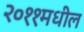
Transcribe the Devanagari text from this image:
२०११मधील